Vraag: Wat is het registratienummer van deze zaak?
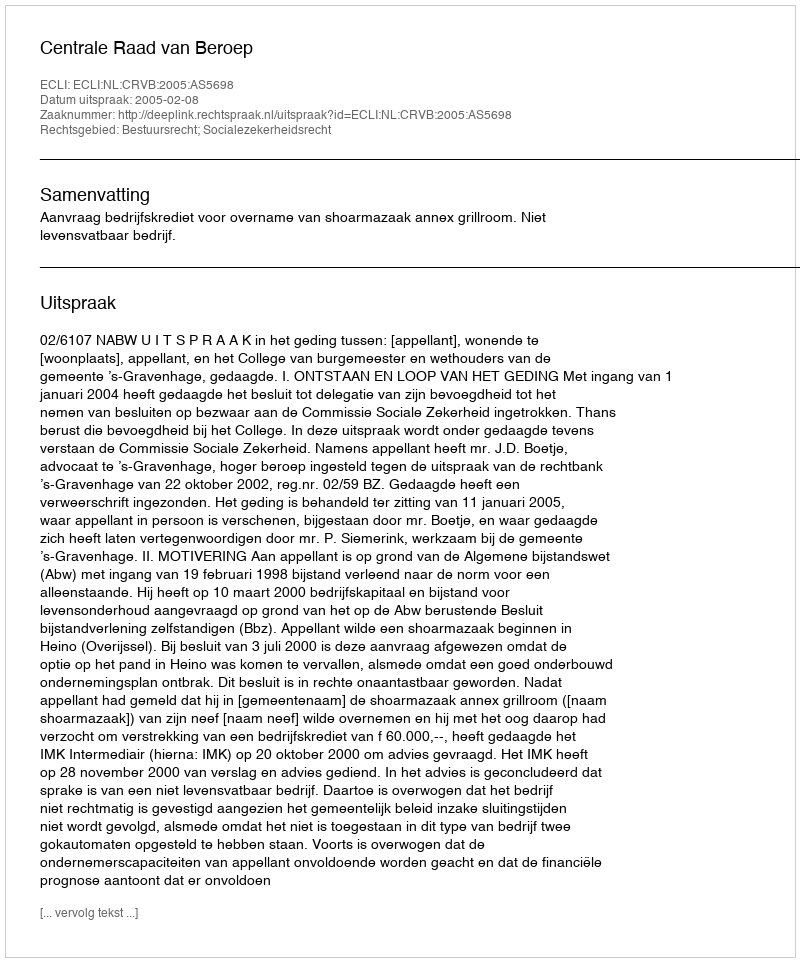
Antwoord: http://deeplink.rechtspraak.nl/uitspraak?id=ECLI:NL:CRVB:2005:AS5698